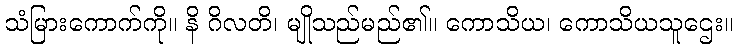
သံမြားကောက်ကို။ နိ ဂိလတိ၊ မျိုသည်မည်၏။ ကောသိယ၊ ကောသိယသူဌေး။